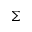
\Sigma